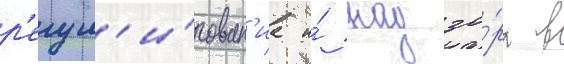
р'егул'и́рован'иа и́ надзо́ра в